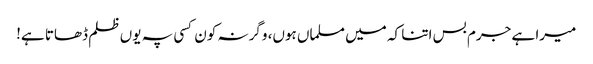
میرا ہے جرم بس اتنا کہ میں مسلماں ہوں، وگرنہ کون کسی پہ یوں ظلم ڈھاتا ہے!